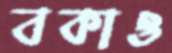
বকাও